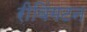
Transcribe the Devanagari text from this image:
रीविंगटन